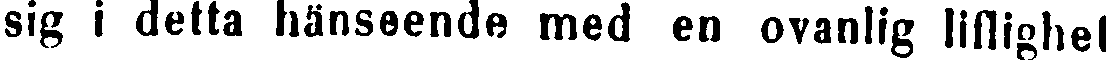
sig i detta hänseende med en ovanlig liflighet